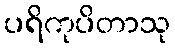
ပရိကုပိတာသု